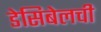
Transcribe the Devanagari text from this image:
डेसिबेलची